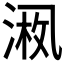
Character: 𪜚